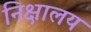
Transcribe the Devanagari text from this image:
निक्षालय